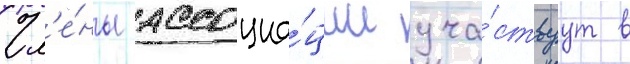
Чл'е́ны ассоциа́ции уча́ствуут в